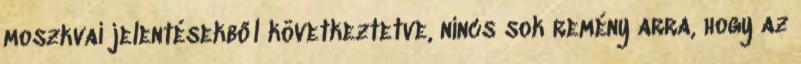
moszkvai jelentésekből következtetve, nincs sok remény arra, hogy az